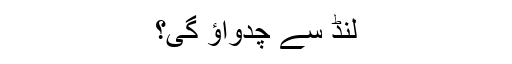
لنڈ سے چدواؤ گی؟